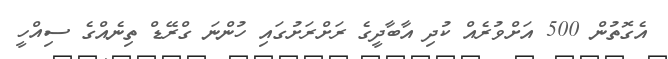
އެގޮތުން 500 އަށްވުރެއް ކުދި އާބާދީގެ ރަށްރަށުގައި ހުންނަ ގްރޭޑް ތިނެއްގެ ސިއްހީ